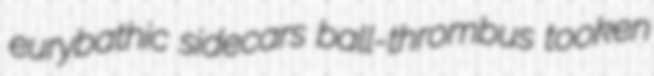
eurybathic sidecars ball-thrombus tooken